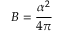
B = \frac { \alpha ^ { 2 } } { 4 \pi }